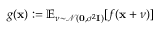
g ( \mathbf x ) \mathrel { \mathop : } = \mathbb { E } _ { \boldsymbol \nu \sim \mathcal { N } ( \mathbf 0 , \sigma ^ { 2 } \mathbf I ) } [ f ( \mathbf { x } + \boldsymbol \nu ) ]